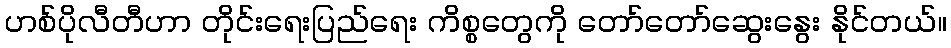
ဟစ်ပိုလီတီဟာ တိုင်းရေးပြည်ရေး ကိစ္စတွေကို တော်တော်ဆွေးနွေး နိုင်တယ်။